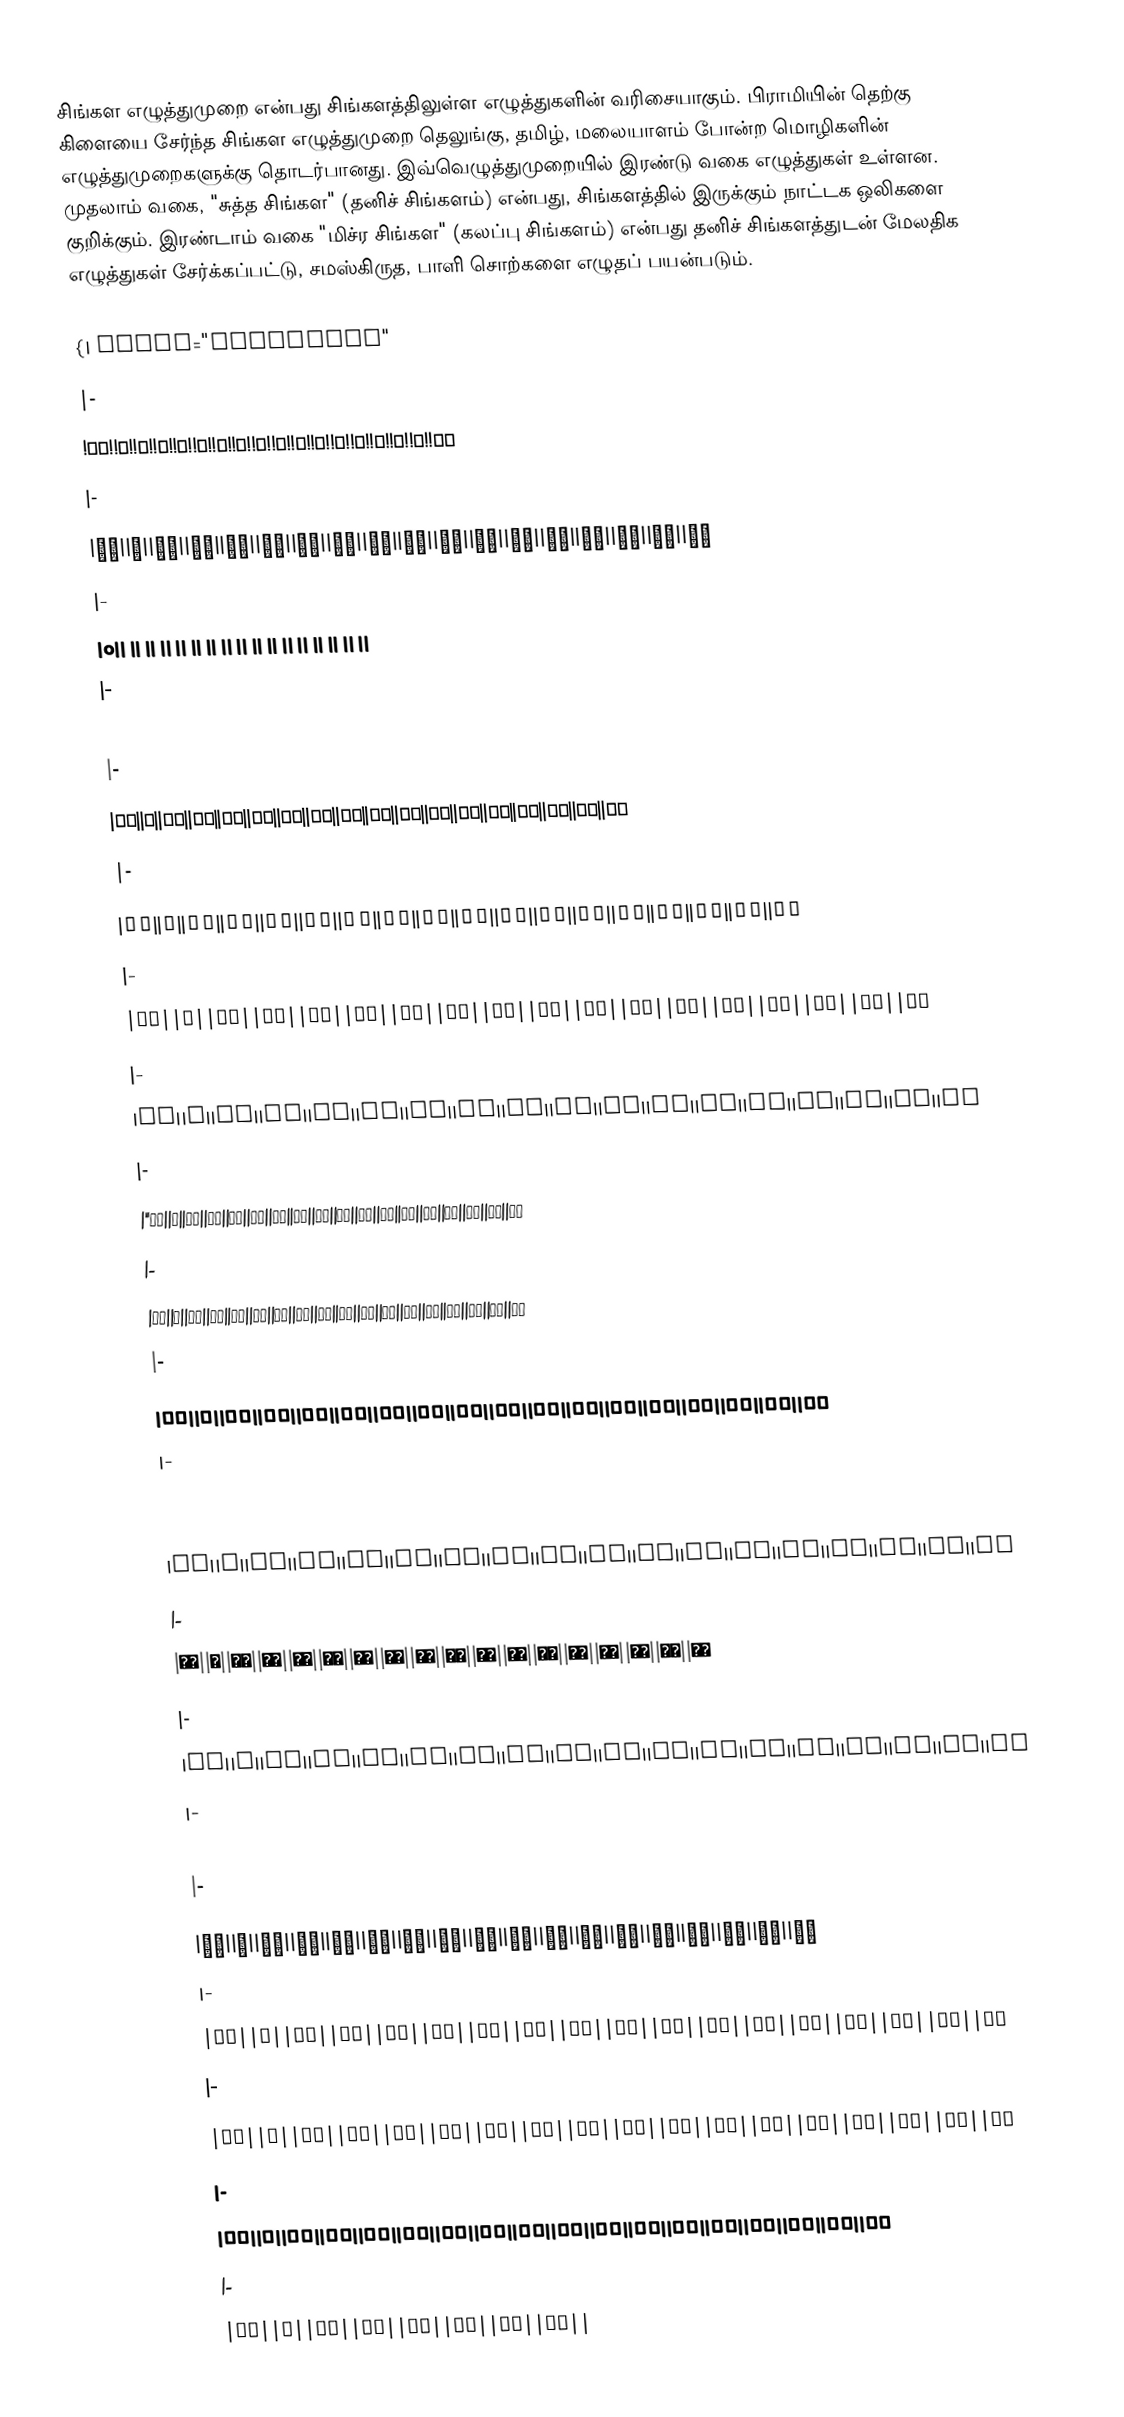
சிங்கள எழுத்துமுறை என்பது சிங்களத்திலுள்ள எழுத்துகளின் வரிசையாகும். பிராமியின் தெற்கு கிளையை சேர்ந்த சிங்கள எழுத்துமுறை தெலுங்கு, தமிழ், மலையாளம் போன்ற மொழிகளின் எழுத்துமுறைகளுக்கு தொடர்பானது. இவ்வெழுத்துமுறையில் இரண்டு வகை எழுத்துகள் உள்ளன. முதலாம் வகை, "சுத்த சிங்கள" (தனிச் சிங்களம்) என்பது, சிங்களத்தில் இருக்கும் நாட்டக ஒலிகளை குறிக்கும். இரண்டாம் வகை "மிச்ர சிங்கள" (கலப்பு சிங்களம்) என்பது தனிச் சிங்களத்துடன் மேலதிக எழுத்துகள் சேர்க்கப்பட்டு, சமஸ்கிருத, பாளி சொற்களை எழுதப் பயன்படும்.

{| class="wikitable"
|-
!අං!!අ!!ආ!!ඇ!!ඈ!!ඉ!!ඊ!!උ!!ඌ!!එ!!ඒ!!ඓ!!ඔ!!ඕ!!ඖ!!ඍ!!ඎ!!අඃ
|-
|ක්||ක||කා||කැ||කෑ||කි||කී||කු||කූ||කෙ||කේ||කෟ||කො||කෝ||කෞ||කෘ||කෲ||කෛ
|-
|o|| || || || || || || || || || || || || || || || ||
|-
|ඛ්||ඛ||ඛා||ඛැ||ඛෑ||ඛි||ඛී||ඛු||ඛූ||ඛෙ||ඛේ||ඛෟ||ඛො||ඛෝ||ඛෞ||ඛෘ||ඛෲ||ඛෛ
|-
|ග්||ග||ගා||ගැ||ගෑ||ගි||ගී||ගු||ගූ||ගෙ||ගේ||ගෟ||ගො||ගෝ||ගෞ||ගෘ||ගෲ||ගෛ
|-
|ඝ්||ඝ||ඝා||ඝැ||ඝෑ||ඝි||ඝී||ඝු||ඝූ||ඝෙ||ඝේ||ඝෟ||ඝො||ඝෝ||ඝෞ||ඝෘ||ඝෲ||ඝෛ
|-
|ඞ්||ඞ||ඞා||ඞැ||ඞෑ||ඞි||ඞී||ඞු||ඞූ||ඞෙ||ඞේ||ඞෟ||ඞො||ඞෝ||ඞෞ||ඞෘ||ඞෲ||ඞෛ
|-
|ඟ්||ඟ||ඟා||ඟැ||ඟෑ||ඟි||ඟී||ඟු||ඟූ||ඟෙ||ඟේ||ඟෟ||ඟො||ඟෝ||ඟෞ||ඟෘ||ඟෲ||ඟෛ
|-
|''ච්||ච||චා||චැ||චෑ||චි||චී||චු||චූ||චෙ||චේ||චෟ||චො||චෝ||චෞ||චෘ||චෲ||චෛ
|-
|ඡ්||ඡ||ඡා||ඡැ||ඡෑ||ඡි||ඡී||ඡු||ඡූ||ඡෙ||ඡේ||ඡෟ||ඡො||ඡෝ||ඡෞ||ඡෘ||ඡෲ||ඡෛ
|-
|ජ්||ජ||ජා||ජැ||ජෑ||ජි||ජී||ජු||ජූ||ජෙ||ජේ||ජෟ||ජො||ජෝ||ජෞ||ජෘ||ජෲ||ජෛ
|-
|ඣ්||ඣ||ඣා||ඣැ||ඣෑ||ඣි||ඣී||ඣු||ඣූ||ඣෙ||ඣේ||ඣෟ||ඣො||ඣෝ||ඣෞ||ඣෘ||ඣෲ||ඣෛ
|-
|ය්||ය||යා||යැ||යෑ||යි||යී||යු||යූ||යෙ||යේ||යෟ||යො||යෝ||යෞ||යෘ||යෲ||යෛ
|-
|ර්||ර||රා||රැ||රෑ||රි||රී||රු||රූ||රෙ||රේ||රෟ||රො||රෝ||රෞ||රෘ||රෲ||රෛ
|-
|ල්||ල||ලා||ලැ||ලෑ||ලි||ලී||ලු||ලූ||ලෙ||ලේ||ලෟ||ලො||ලෝ||ලෞ||ලෘ||ලෲ||ලෛ
|-
|ව්||ව||වා||වැ||වෑ||වි||වී||වු||වූ||වෙ||වේ||වෟ||වො||වෝ||වෞ||වෘ||වෲ||වෛ
|-
|ශ්||ශ||ශා||ශැ||ශෑ||ශි||ශී||ශු||ශූ||ශෙ||ශේ||ශෟ||ශො||ශෝ||ශෞ||ශෘ||ශෲ||ශෛ
|-
|ෂ්||ෂ||ෂා||ෂැ||ෂෑ||ෂි||ෂී||ෂු||ෂූ||ෂෙ||ෂේ||ෂෟ||ෂො||ෂෝ||ෂෞ||ෂෘ||ෂෲ||ෂෛ
|-
|ස්||ස||සා||සැ||සෑ||සි||සී||සු||සූ||සෙ||සේ||සෟ||සො||සෝ||සෞ||සෘ||සෲ||සෛ
|-
|හ්||හ||හා||හැ||හෑ||හි||හී||හු||හූ||හෙ||හේ||හෟ||හො||හෝ||හෞ||හෘ||හෲ||හෛ
|-
|ළ්||ළ||ළා||ළැ||ළෑ||ළි||ළී||ළු||